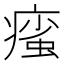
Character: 𤹊